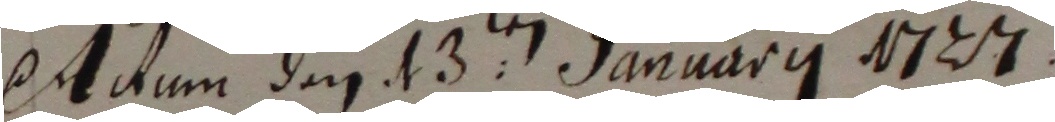
etdum den 13ten januarii 1727